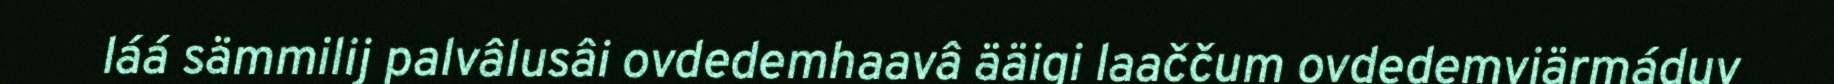
láá sämmilij palvâlusâi ovdedemhaavâ ääigi laaččum ovdedemviärmáduv